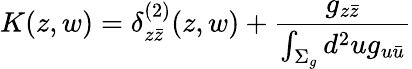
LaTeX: K(z,w)=\delta_{z\bar{z}}^{(2)}(z,w)+{\frac{g_{z\bar{z}}}{\int_{\Sigma_{g}}d^{2}ug_{u\bar{u}}}}